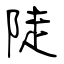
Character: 陡